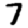
Digit: 7